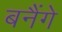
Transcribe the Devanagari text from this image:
बनैंगे